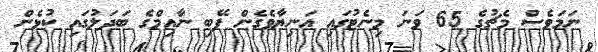
ނަމަވެސް މެޗުގެ 65 ވަނަ މިނެޓުގައި އަނިޔާވެގެން ފޭބި ނާއިމްގެ ބަދަލުގައި ކުޅެން